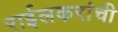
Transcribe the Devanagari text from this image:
राईलकरांची